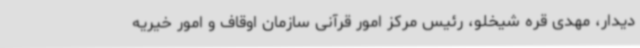
دیدار، مهدی قره شیخلو، رئیس مرکز امور قرآنی سازمان اوقاف و امور خیریه